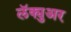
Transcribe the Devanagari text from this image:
लॅक्युअर